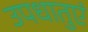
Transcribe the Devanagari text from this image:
उपधातुएं